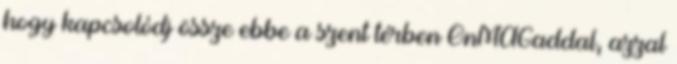
hogy kapcsolódj össze ebbe a szent térben ÖnMAGaddal, azzal